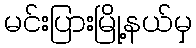
မင်းပြားမြို့နယ်မှ